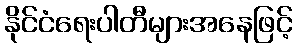
နိုင်ငံရေးပါတီများအနေဖြင့်